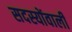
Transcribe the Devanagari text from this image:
सदस्योंवाली